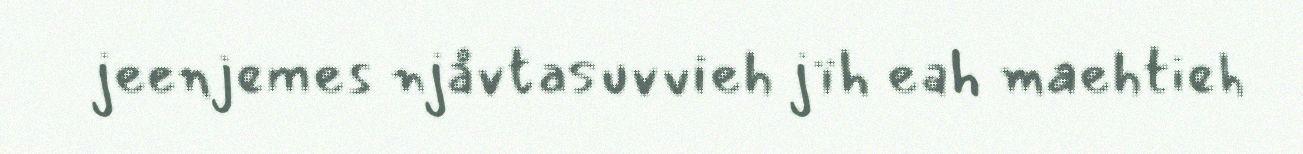
jeenjemes njåvtasuvvieh jïh eah maehtieh